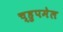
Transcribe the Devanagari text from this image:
च्हुपमेल